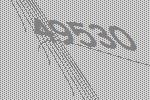
49530